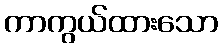
ကာကွယ်ထားသော